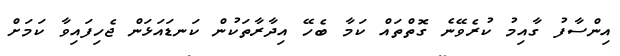
އިންސާފު ގާއިމު ކުރެވޭނެ ގޮތްތައް ކަމާ ބެހޭ އިދާރާތަކުން ކަނޑައަޅަން ޖެހިފައިވާ ކަމަށް